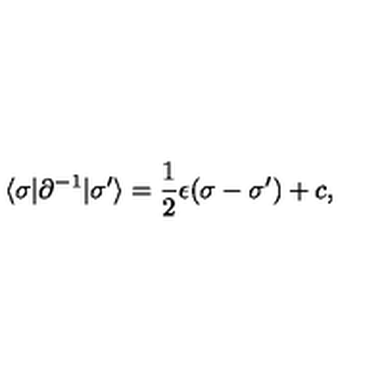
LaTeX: \langle \sigma | \partial ^ { - 1 } | \sigma ^ { \prime } \rangle = \frac { 1 } { 2 } \epsilon ( \sigma - \sigma ^ { \prime } ) + c ,